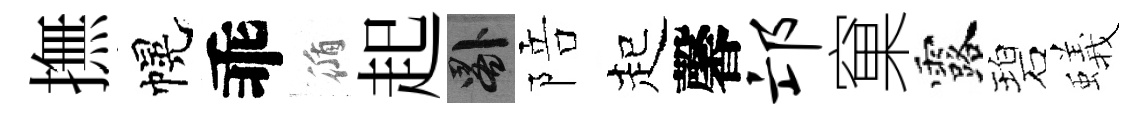
撫幌乖循起晷陪起馨邙窠露碧蟻